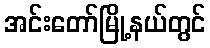
အင်းတော်မြို့နယ်တွင်